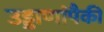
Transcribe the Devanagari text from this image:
उड्डाणांपैकी